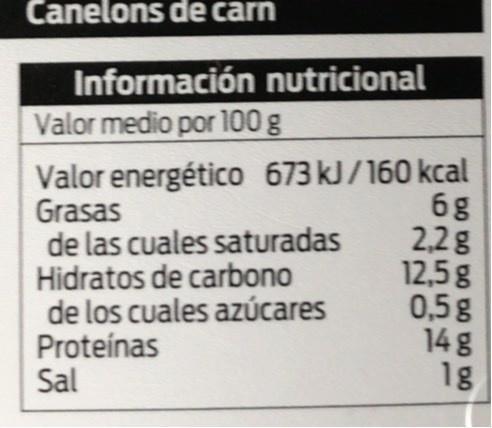
Canelons de carn
Información nutricional Valor medio por 100 g
Valor energético 673 kJ/160 kcal Grasas de las cuales saturadas Hidratos de carbono de los cuales azúcares Proteínas Sal
6g 2,2g 12,5g 0,5g 14 g 1g